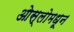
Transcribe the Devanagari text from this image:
ओस्लोमधून